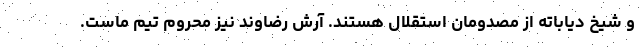
و شیخ دیاباته از مصدومان استقلال هستند. آرش رضاوند نیز محروم تیم ماست.